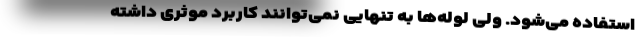
استفاده می‌شود. ولی لوله‌ها به تنهایی نمی‌توانند کاربرد موثری داشته